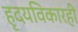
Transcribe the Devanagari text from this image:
हृदयविकारही